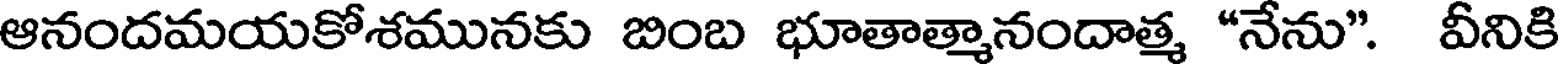
ఆనందమయకోశమునకు బింబ భూతాత్మానందాత్మ "నేను". వీనికి